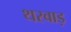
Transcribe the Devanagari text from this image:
थरवाड़